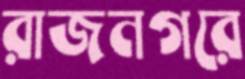
রাজনগরে